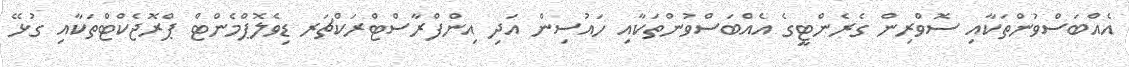
އެއްބަސްވުންތަކާއި ސޮވްރިން ގެރެންޓީގެ އެއްބަސްވުންތަކާއި ހައުސިން އަދި އިންފްރާސްޓްރަކްޗަރ ޑިވެލޮޕްމެންޓް ޕްރޮޖެކްޓްތަކާއި ގުޅޭ